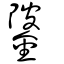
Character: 𨧦